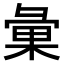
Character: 𢑥